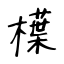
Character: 𣜿